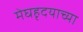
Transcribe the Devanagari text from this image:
मेघहृदयाच्या